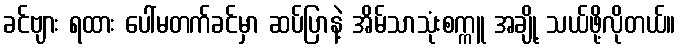
ခင်ဗျား ရထား ပေါ်မတက်ခင်မှာ ဆပ်ပြာနဲ့ အိမ်သာသုံးစက္ကူ အချို့ သယ်ဖို့လိုတယ်။